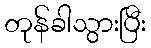
တုန်ခါသွားပြီး